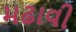
મઢાવી